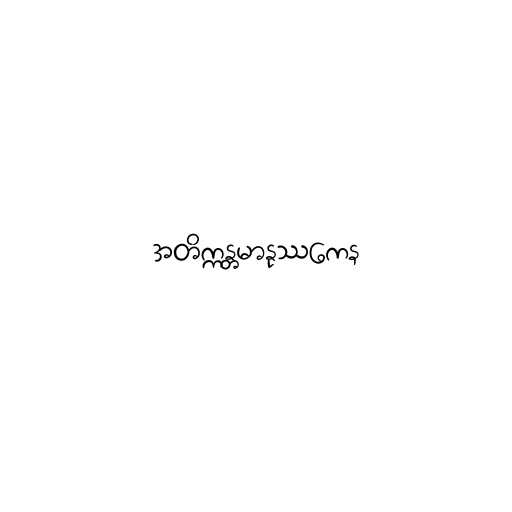
အတိက္ကန္တမာနုဿကေန